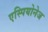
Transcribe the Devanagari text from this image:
एस्पियोनेज